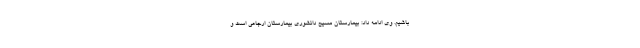
باشیم. وی ادامه داد: بیمارستان مسیح دانشوری بیمارستان ارجاعی است و